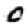
Digit: 0